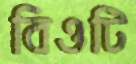
বিওটি